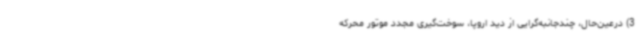
3) درعین‌حال، چندجانبه‌گرایی از دید اروپا، سوخت‌گیری مجدد موتور محرکه